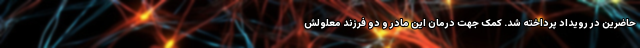
حاضرین در رویداد پرداخته شد. کمک جهت درمان این مادر و دو فرزند معلولش